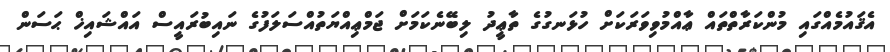
އެޤައުމެއްގައި މުންކަރާތްތައް ޢާއްމުވިވަރަކަށް ހުޅަނގުގެ ތާޢީދު ލިބޭނެކަމަށް ޖަމްޢިއްޔަތުއްސަލަފުގެ ނައިބުރައީސް އައްޝައިޚް ޙަސަން